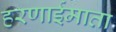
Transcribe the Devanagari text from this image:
हरणाईमाता